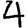
Digit: 4